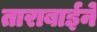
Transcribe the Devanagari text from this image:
ताराबाईने